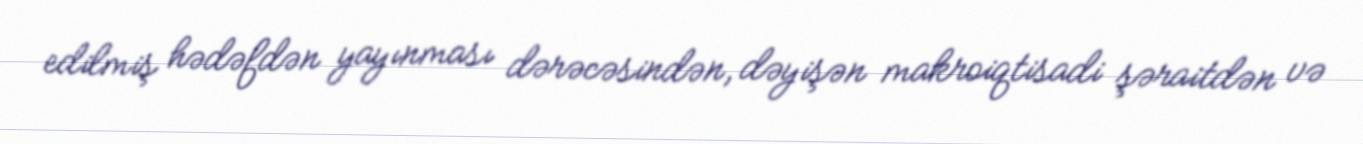
edilmiş hədəfdən yayınması dərəcəsindən, dəyişən makroiqtisadi şəraitdən və